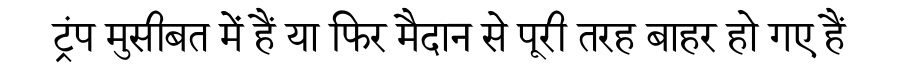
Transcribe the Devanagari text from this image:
ट्रंप मुसीबत में हैं या फिर मैदान से पूरी तरह बाहर हो गए हैं